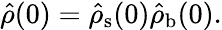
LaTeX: \hat{\rho}(0)=\hat{\rho}_{\mathrm{s}}(0)\hat{\rho}_{\mathrm{b}}(0).